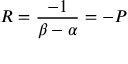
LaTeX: R = { \frac { - 1 } { \beta - \alpha } } = - P